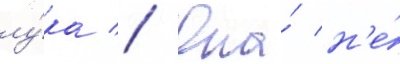
лу́ка // Она́ н'е́